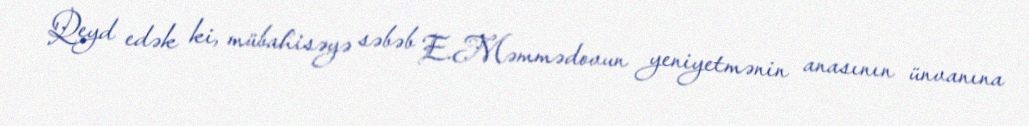
Qeyd edək ki, mübahisəyə səbəb E.Məmmədovun yeniyetmənin anasının ünvanına